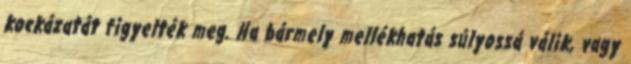
kockázatát figyelték meg. Ha bármely mellékhatás súlyossá válik, vagy